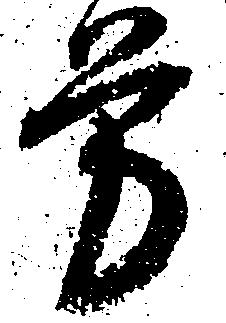
労